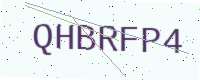
Text: QHBRFP4